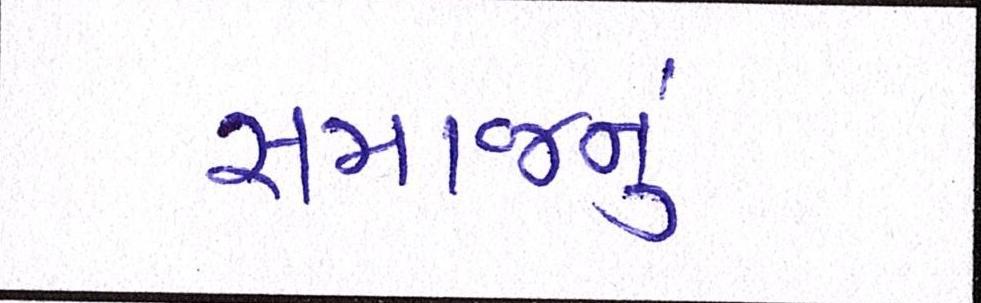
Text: સમાજનું